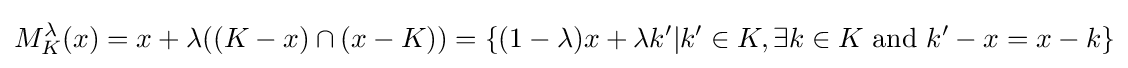
M_{K}^{\lambda }(x)=x+\lambda ((K-x)\cap (x-K))=\{(1-\lambda )x+\lambda k'|k'\in K,\exists k\in K{\text{ and }}k'-x=x-k\}